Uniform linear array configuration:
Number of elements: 8
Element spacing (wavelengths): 0.5
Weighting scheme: blackman
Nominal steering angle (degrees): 45
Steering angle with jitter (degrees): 46.478
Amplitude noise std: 0.05
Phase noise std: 0.05

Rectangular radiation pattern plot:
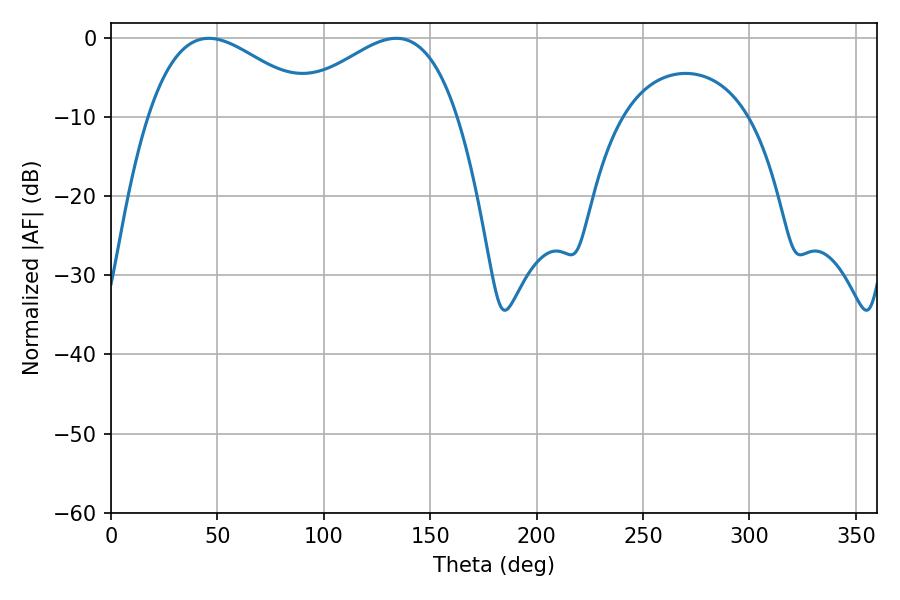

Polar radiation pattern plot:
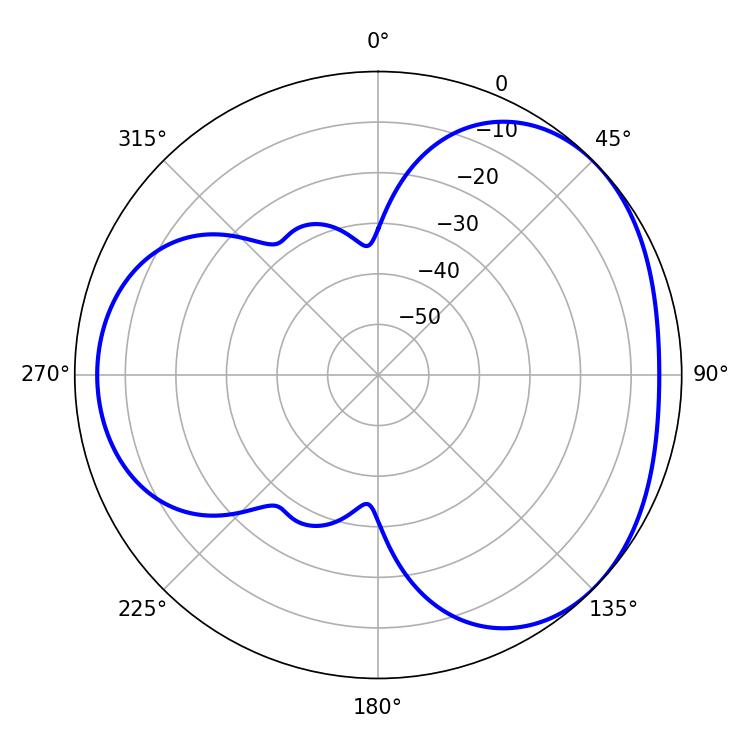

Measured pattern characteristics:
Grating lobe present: FALSE
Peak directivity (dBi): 3.394
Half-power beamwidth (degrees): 43.02
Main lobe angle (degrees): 45.9